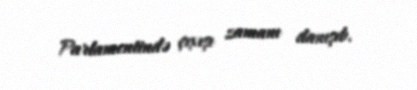
Parlamentində çıxışı zamanı danışıb.